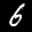
Label: 6